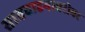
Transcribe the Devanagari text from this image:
सातवाहनाबरोबर